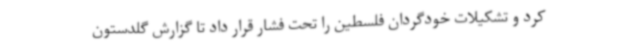
کرد و تشکیلات خودگردان فلسطین را تحت فشار قرار داد تا گزارش گلدستون